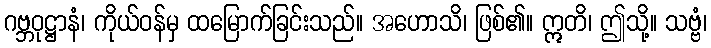
ဂဗ္ဘဝုဋ္ဌာနံ၊ ကိုယ်ဝန်မှ ထမြောက်ခြင်းသည်။ အဟောသိ၊ ဖြစ်၏။ ဣတိ၊ ဤသို့။ သဗ္ဗံ၊